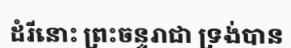
ដំរីនោះ ព្រះចន្ទរាជា ទ្រង់បាន